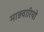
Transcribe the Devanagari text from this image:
माड़वारियो